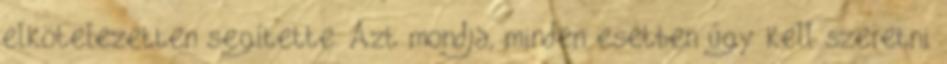
elkötelezetten segítette. Azt mondja, minden esetben úgy kell szeretni